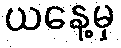
ယနေ့မှ